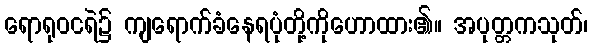
ရောရုဝငရဲ၌ ကျရောက်ခံနေရပုံတို့ကိုဟောထား၏။ အပုတ္တကသုတ်၊